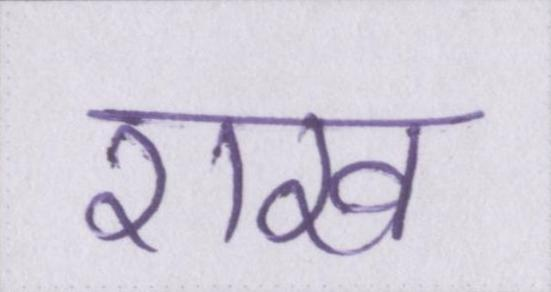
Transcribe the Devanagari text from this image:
राख